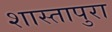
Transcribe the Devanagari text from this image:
शास्तापुरा